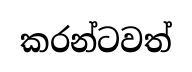
කරන්ටවත්